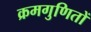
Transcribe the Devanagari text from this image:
क्रमगुणितों